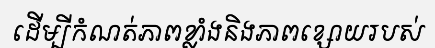
ដើម្បីកំណត់ភាពខ្លាំងនិងភាពខ្សោយរបស់